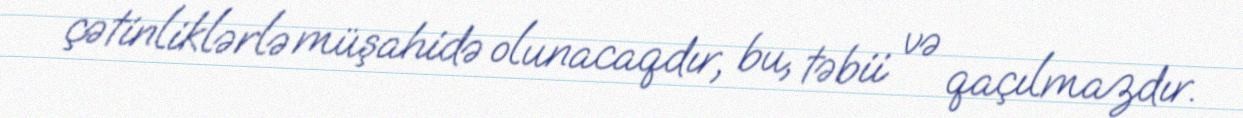
çətinliklərlə müşahidə olunacaqdır, bu, təbii və qaçılmazdır.